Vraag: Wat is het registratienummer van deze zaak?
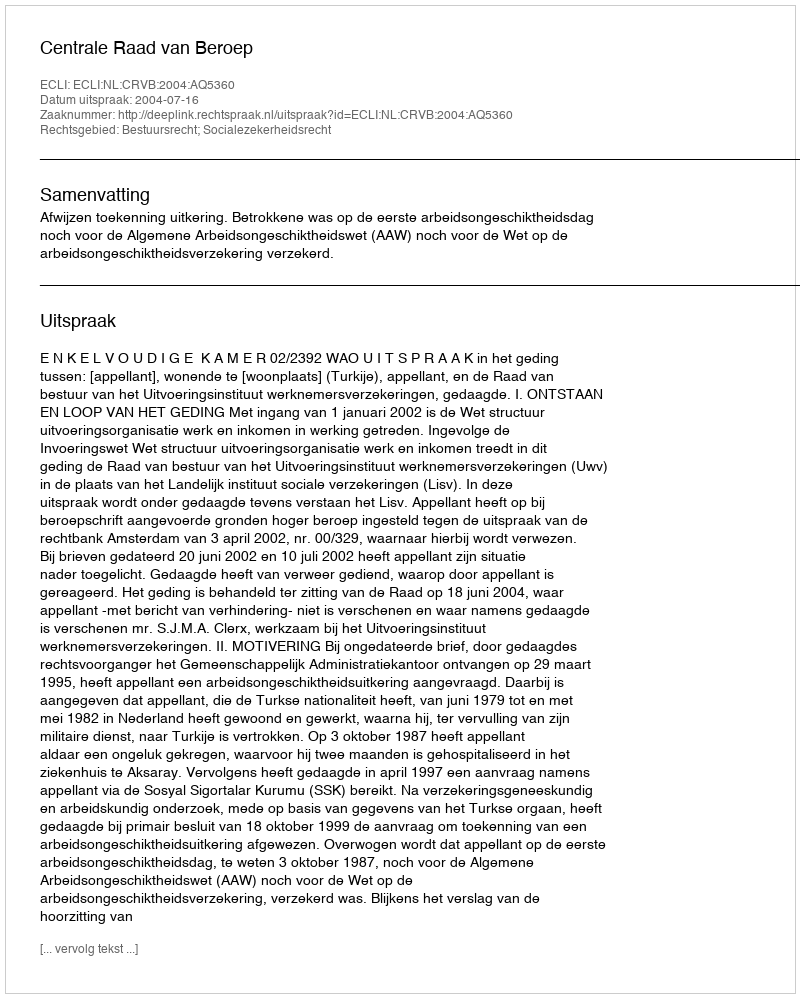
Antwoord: http://deeplink.rechtspraak.nl/uitspraak?id=ECLI:NL:CRVB:2004:AQ5360